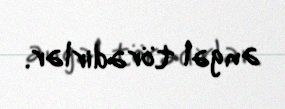
əngəl törədirlər.